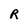
Character: R